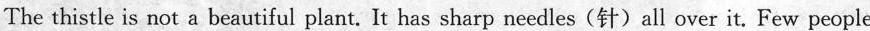
The thistle is not a beautiful plant. It has sharp needles(针)all over it. Few people